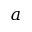
a